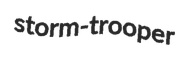
storm-trooper